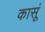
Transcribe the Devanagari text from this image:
कासूं